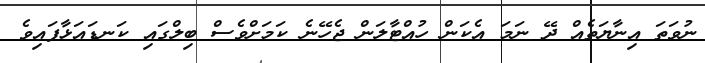
ނުވަތަ އިނާޔަތެއް ދޭ ނަމަ އެކަން ހުއްޓާލަން ޖެހޭނެ ކަމަށްވެސް ބިލްގައި ކަނޑައަޅާފައިވެ